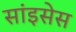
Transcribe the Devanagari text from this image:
सांइसेस